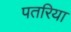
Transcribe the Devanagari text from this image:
पतरिया